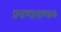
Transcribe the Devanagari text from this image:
प्रचण्डताण्डवः